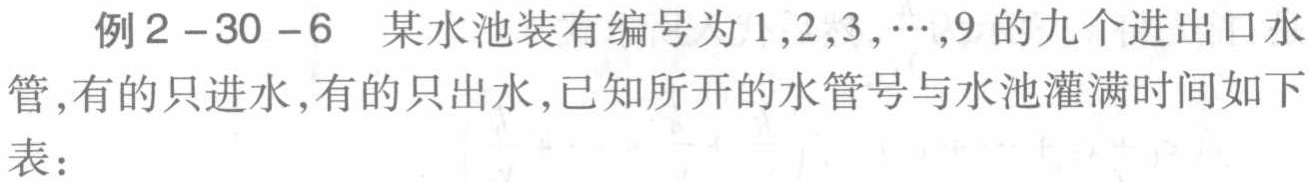
例2 -30 -6 某水池装有编号为1,2,3,⋯,9的九个进出口水管,有的只进水,有的只出水,已知所开的水管号与水池灌满时间如下表：